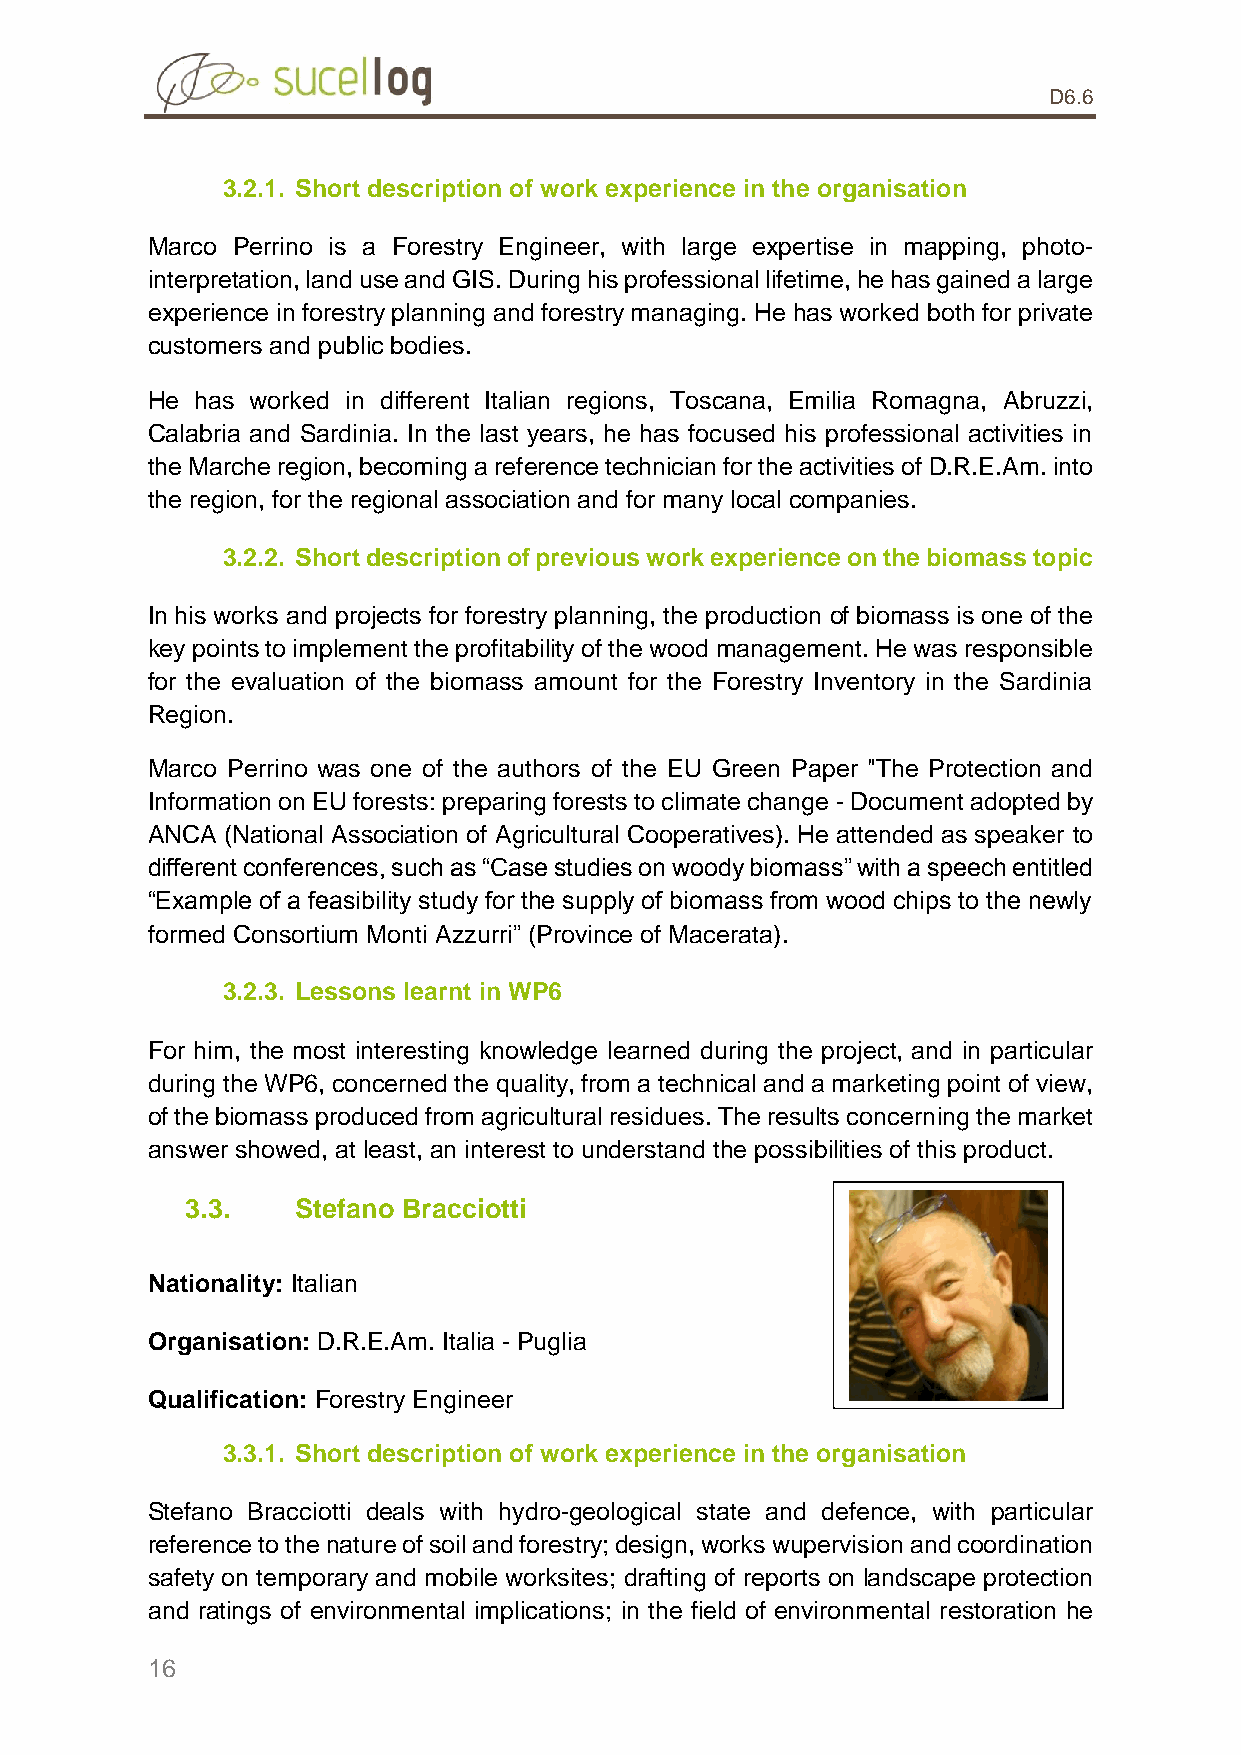
D6.6
 3.2.1. Short description of work experience in the organisation
 Marco Perrino is a Forestry Engineer, with large expertise in mapping, photo-
 interpretation, land use and GIS. During his professional lifetime, he has gained a large
 experience in forestry planning and forestry managing. He has worked both for private
 customers and public bodies.
 He has worked in different Italian regions, Toscana, Emilia Romagna, Abruzzi,
 Calabria and Sardinia. In the last years, he has focused his professional activities in
 the Marche region, becoming a reference technician for the activities of D.R.E.Am. into
 the region, for the regional association and for many local companies.
 3.2.2. Short description of previous work experience on the biomass topic
 In his works and projects for forestry planning, the production of biomass is one of the
 key points to implement the profitability of the wood management. He was responsible
 for the evaluation of the biomass amount for the Forestry Inventory in the Sardinia
 Region.
 Marco Perrino was one of the authors of the EU Green Paper "The Protection and
 Information on EU forests: preparing forests to climate change - Document adopted by
 ANCA (National Association of Agricultural Cooperatives). He attended as speaker to
 different conferences, such as “Case studies on woody biomass” with a speech entitled
 “Example of a feasibility study for the supply of biomass from wood chips to the newly
 formed Consortium Monti Azzurri” (Province of Macerata).
 3.2.3. Lessons learnt in WP6
 For him, the most interesting knowledge learned during the project, and in particular
 during the WP6, concerned the quality, from a technical and a marketing point of view,
 of the biomass produced from agricultural residues. The results concerning the market
 answer showed, at least, an interest to understand the possibilities of this product.
 3.3.    Stefano Bracciotti
 Nationality: Italian
 Organisation: D.R.E.Am. Italia - Puglia
 Qualification: Forestry Engineer
 3.3.1. Short description of work experience in the organisation
 Stefano Bracciotti deals with hydro-geological state and defence, with particular
 reference to the nature of soil and forestry; design, works wupervision and coordination
 safety on temporary and mobile worksites; drafting of reports on landscape protection
 and ratings of environmental implications; in the field of environmental restoration he
 16